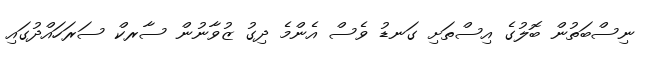
ނިސްބަތުން ބޮލުގެ އިސްތަށި ގަނޑު ވެސް އެންމެ ދިގު ޒުވާނުން ސާރކް ސަރަހައްދުގައި